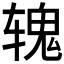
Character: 𬨐